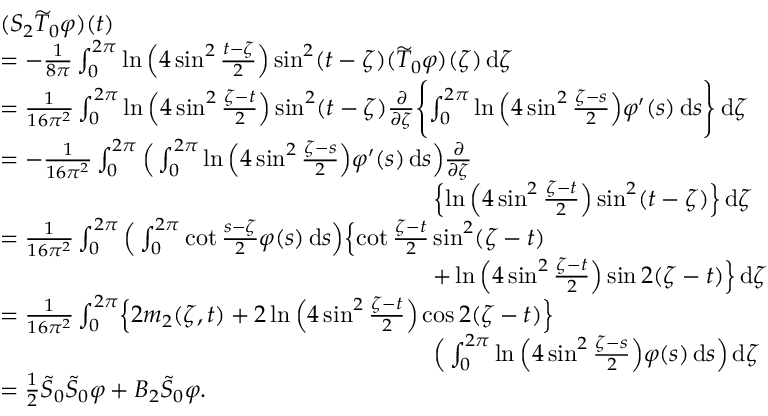
\begin{array} { r l } & { ( S _ { 2 } \widetilde { T } _ { 0 } \varphi ) ( t ) } \\ & { = - \frac { 1 } { 8 \pi } \int _ { 0 } ^ { 2 \pi } \ln \Big ( 4 \sin ^ { 2 } \frac { t - \zeta } { 2 } \Big ) \sin ^ { 2 } ( t - \zeta ) ( \widetilde { T } _ { 0 } \varphi ) ( \zeta ) \, \mathrm { d } \zeta } \\ & { = \frac { 1 } { 1 6 \pi ^ { 2 } } \int _ { 0 } ^ { 2 \pi } \ln \Big ( 4 \sin ^ { 2 } \frac { \zeta - t } { 2 } \Big ) \sin ^ { 2 } ( t - \zeta ) \frac { \partial } { \partial \zeta } \Biggl \{ \int _ { 0 } ^ { 2 \pi } \ln \Big ( 4 \sin ^ { 2 } \frac { \zeta - s } { 2 } \Big ) \varphi ^ { \prime } ( s ) \, \mathrm { d } s \Biggr \} \, \mathrm { d } \zeta } \\ & { = - \frac { 1 } { 1 6 \pi ^ { 2 } } \int _ { 0 } ^ { 2 \pi } \Big ( \int _ { 0 } ^ { 2 \pi } \ln \Big ( 4 \sin ^ { 2 } \frac { \zeta - s } { 2 } \Big ) \varphi ^ { \prime } ( s ) \, \mathrm { d } s \Big ) \frac { \partial } { \partial \zeta } } \\ & { \qquad \qquad \qquad \qquad \qquad \qquad \qquad \qquad \qquad \Bigl \{ \ln \Big ( 4 \sin ^ { 2 } \frac { \zeta - t } { 2 } \Big ) \sin ^ { 2 } ( t - \zeta ) \Bigr \} \, \mathrm { d } \zeta } \\ & { = \frac { 1 } { 1 6 \pi ^ { 2 } } \int _ { 0 } ^ { 2 \pi } \Big ( \int _ { 0 } ^ { 2 \pi } \cot \frac { s - \zeta } { 2 } \varphi ( s ) \, \mathrm { d } s \Big ) \Bigl \{ \cot \frac { \zeta - t } { 2 } \sin ^ { 2 } ( \zeta - t ) } \\ & { \qquad \qquad \qquad \qquad \qquad \qquad \qquad \qquad \qquad + \ln \Big ( 4 \sin ^ { 2 } \frac { \zeta - t } { 2 } \Big ) \sin 2 ( \zeta - t ) \Bigr \} \, \mathrm { d } \zeta } \\ & { = \frac { 1 } { 1 6 \pi ^ { 2 } } \int _ { 0 } ^ { 2 \pi } \Bigl \{ 2 m _ { 2 } ( \zeta , t ) + 2 \ln \Big ( 4 \sin ^ { 2 } \frac { \zeta - t } { 2 } \Big ) \cos 2 ( \zeta - t ) \Bigr \} } \\ & { \qquad \qquad \qquad \qquad \qquad \qquad \qquad \qquad \qquad \Big ( \int _ { 0 } ^ { 2 \pi } \ln \Big ( 4 \sin ^ { 2 } \frac { \zeta - s } { 2 } \Big ) \varphi ( s ) \, \mathrm { d } s \Big ) \, \mathrm { d } \zeta } \\ & { = \frac { 1 } { 2 } \widetilde { S } _ { 0 } \widetilde { S } _ { 0 } \varphi + B _ { 2 } \widetilde { S } _ { 0 } \varphi . } \end{array}